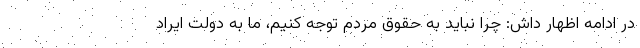
در ادامه اظهار داش: چرا نباید به حقوق مردم توجه کنیم، ما به دولت ایراد